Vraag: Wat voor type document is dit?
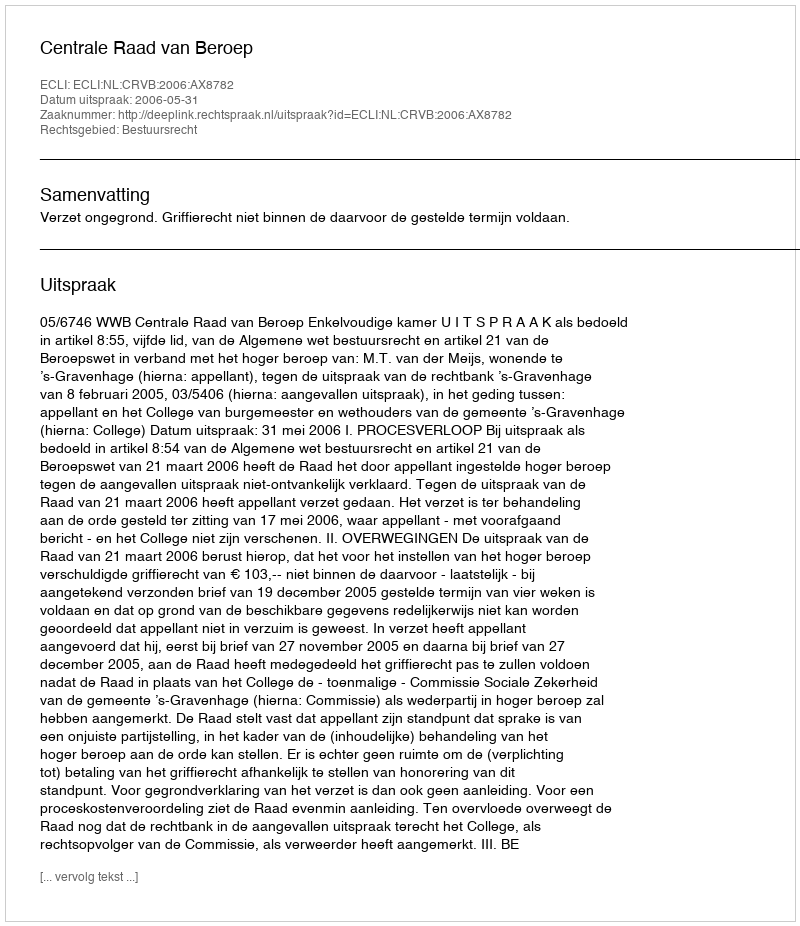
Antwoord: Uitspraak